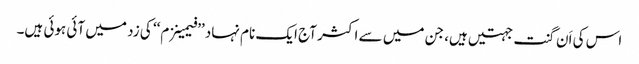
اس کی اَن گنت جہتیں ہیں، جن میں سے اکثر آج ایک نام نہاد ’’فیمینزم‘‘ کی زد میں آئی ہوئی ہیں۔